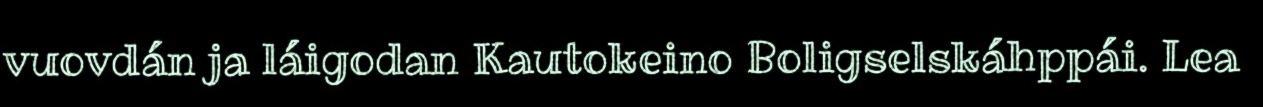
vuovdán ja láigodan Kautokeino Boligselskáhppái. Lea